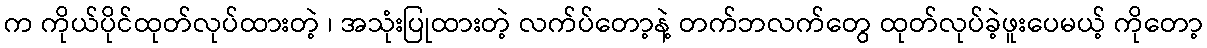
က ကိုယ်ပိုင်ထုတ်လုပ်ထားတဲ့ ၊ အသုံးပြုထားတဲ့ လက်ပ်တော့နဲ့ တက်ဘလက်တွေ ထုတ်လုပ်ခဲ့ဖူးပေမယ့် ကိုတော့